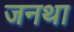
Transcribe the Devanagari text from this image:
जनथा